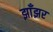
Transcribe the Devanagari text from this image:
झाँझर